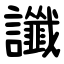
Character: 讖